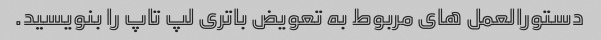
دستورالعمل های مربوط به تعویض باتری لپ تاپ را بنویسید.